Report on the treatment of epidemic cholera: from information collected by the governments of Bengal, Madras, Bombay, N.W. Provinces, Punjab, Oudh, and Central India, by order of the Government of India
Disease focus: Cholera
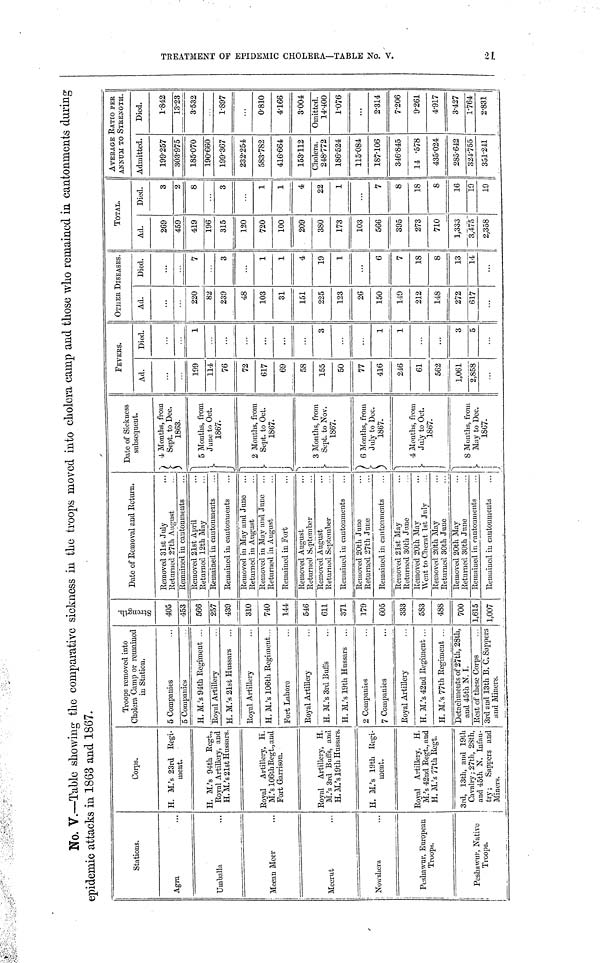
No. V.—Table showing the comparative sickness in the troops moved into cholera camp and those who remained in cantonments during
epidemic attacks in 1863 and 1867.
Stations.
Agra
Umballa
Meean Meer
...
Meerut …
Nowshera
Peshawur, European
Troops.
Peshawur, Native
Troops.
Corps.
H. M.'s 23rd Regi-
ment.
H. M.'s 94th Regt.,
Royal Artillery, and
H. M.'s 21st Hussars.
Royal Artillery, H.
M.'s 106th Regt., and
Fort Garrison.
Royal Artillery, H.
M.'s 3rd Buffs, and
H. M.'s 19th Hussars.
H. M.'s 19th Regi-
ment.
Royal Artillery, H.
M.'s 42nd Regt., and
H. M.'s 77th Regt.
3rd, 13th, and 19th
Cavalry; 27th, 28th,
and 45th N. Infan-
try; Sappers and
Miners.
Troops removed into
Cholera Camp or remained
in Station.
5 Companies
5 Companies
H. M.'s 94th Regiment ...
Royal Artillery
H. M.'s 21st Hussars
...
Royal Artillery
H. M.'s 106th Regiment...
Fort Lahore
Royal Artillery
H. M.'s 3rd Buffs
H. M.'s 19th Hussars ...
2 Companies
7 Companies
Royal Artillery
H. M.'s 42nd Regiment ...
H. M.'s 77th Regiment ...
Detachments of 27th, 28th,
and 45th N. I.
Rest of these Corps
3rd and 13th B. C. Sappers
and Miners.
Strongth.
405
453
566
257
439
310
740
144
546
611
371
179
605
333
583
488
700
1,615
1,007
Date of Removal and Return.
Removed 31st July …
Returned 27th August …
Remained in cantonments …
Removed 21st April …
Retumed 12th May …
Remained in cantonments …
Remained iu cantonments …
Removed in May and June …
Retumed in August …
Removed in May and June …
Returned in August …
Remained in Fort …
Removed August …
Returned September …
Removed August …
Returned September …
Remained in cantonments …
Removed 20th June …
Returned 27th June …
Remained in cantonments …
Removed 21st May …
Returned 30th June
…
Removed 20Lh May …
Went to Cherat 1st July …
Removed 20th May …
Retumed 30th June …
Removed 20th May …
Returned 30th June …
Remained in cantonments …
Remained in cantonments …
Date of Sickness
subsequent.
4 Months, from
Sept. to Dec.
1863.
5 Months, from
June to Oct.
1867.
2 Months, from
Sept. to Oct.
1867.
3 Months, from
Sept. to Nov.
1867.
6 Months, from
July to Dec.
1867.
4 Months, from
July to Oct.
1867.
8 Months, from
May to Dec
1867.
FEVERS.
Ad.
...
199
114
76
72
617
69
58
155
50
77
416
246
61
562
1,061
2,858
...
Died.
...
1
...
...
...
...
...
3
...
...
1
1
...
...
3
5
...
OTHER DISEASES
Ad.
...
220
82
239
48
103
31
151
225
123
26
150
149
212
148
272
617
...
Died.
...
7
3
...
1
1
4
19
1
...
6
7
18
8
13
14
...
TOTAL.
Ad.
269
459
419
196
315
120
720
100
209
380
173
103
566
395
273
710
1,333
3,475
2,358
Died.
3
2
8
...
3
...
1
1
4
22
1
...
7
8
18
8
16
19
19
AVERAGE RATIO PER
ANNUM TO STRENGTH.
Admitted.
199-257
303-975
185-070
190-660
199-367
232-254
583-782
416-664
153-112
Cholera.
248-772
186-524
115-084
187-106
346-845
14 -578
435-024
285-642
324-755
351-241
Died.
1-842
13-23
3-532
1-897
...
0-810
4-166
3-004
Omitted.
14-400
1-076
...
2-314
7-206
9-261
4-917
3-427
1-764
2-831
TREATMENT OF
21.